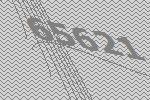
65621